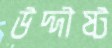
উদ্দীষ্ট